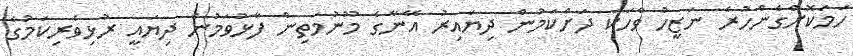
ހަމަކޮށްގެންހުރެ ނަޒީހު ވާހަކަ ދަށްކަމުން ދިޔައިރު އޭނާގެ މޫނުމަތިން ފާޅުވަމުން ދިޔައީ ރުޅިވެރިކަމުގެ